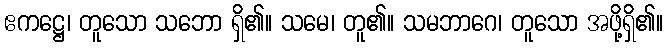
ဧကဋ္ဌေ၊ တူသော သဘော ရှိ၏။ သမေ၊ တူ၏။ သမဘာဂေ၊ တူသော အဖို့ရှိ၏။